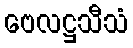
ဗေလဋ္ဌသီသံ